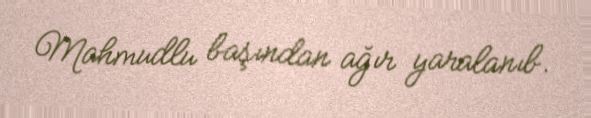
Mahmudlu başından ağır yaralanıb.